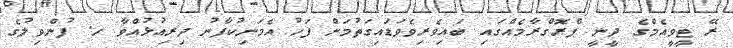
ރޭ ޓީވީއެމްގެ ދީނީ ޕްރޮގްރާމެއްގައި ބައިވެރިވެވަޑައިގަތުމަށް ފަހު އެމަނިކުފާނު ދިރިއުޅުއްވާ ހ. ފުންވިލުގެ